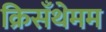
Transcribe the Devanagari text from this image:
क्रिसँथेमम